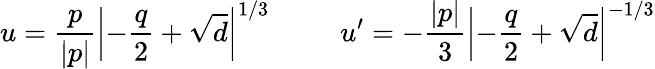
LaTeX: u=\frac{p}{|p|}\left|-\frac{q}{2}+\sqrt{d}\right|^{1/3}\ \ \ \ \ \ \ \ \ \ u^{\prime}=-\frac{|p|}{3}\left|-\frac{q}{2}+\sqrt{d}\right|^{-1/3}